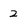
Character: 2